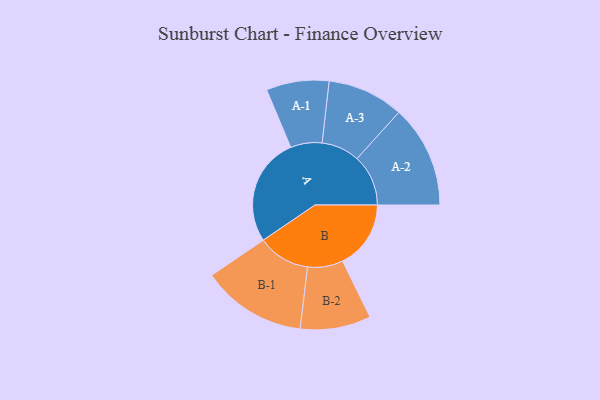
{"axis": {"x": "Segment", "y": "Value"}, "legend": ["", "A", "B"], "data": [{"x": "A", "y": 464, "type": ""}, {"x": "B", "y": 292, "type": ""}, {"x": "A-1", "y": 134, "type": "A"}, {"x": "A-2", "y": 219, "type": "A"}, {"x": "A-3", "y": 163, "type": "A"}, {"x": "B-1", "y": 224, "type": "B"}, {"x": "B-2", "y": 151, "type": "B"}]}